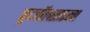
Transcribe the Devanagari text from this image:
फूटबॉलसारखा